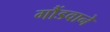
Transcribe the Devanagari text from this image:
गौंडवाने